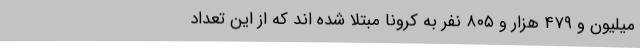
میلیون و ۴۷۹ هزار و ۸۰۵ نفر به کرونا مبتلا شده اند که از این تعداد